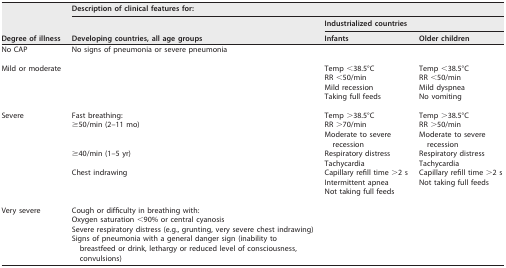
| <ROWSPAN=3> Degree of illness | <COLSPAN=3> Description of clinical features for: |
 | <ROWSPAN=2> Developing countries, all age groups | <COLSPAN=2> Industrialized countries |
 | Infants | Older children |
 | --- | --- | --- | --- |
 | No CAP | No signs of pneumonia or severe pneumonia |  |  |
 | Mild or moderate |  | Temp <38.5°C | Temp <38.5°C |
 |  |  | RR <50/min | RR <50/min |
 |  |  | Mild recession | Mild dyspnea |
 |  |  | Taking full feeds | No vomiting |
 | Severe | Fast breathing: | Temp >38.5°C | Temp >38.5°C |
 |  | ≥50/min (2–11 mo) | RR >70/min | RR >50/min |
 |  |  | Moderate to severe recession | Moderate to severe recession |
 |  | ≥40/min (1–5 yr) | Respiratory distress | Respiratory distress |
 |  |  | Tachycardia | Tachycardia |
 |  | Chest indrawing | Capillary refill time >2 s | Capillary refill time >2 s |
 |  |  | Intermittent apnea | Not taking full feeds |
 |  |  | Not taking full feeds |  |
 | Very severe | Cough or difficulty in breathing with: |  |  |
 |  | Oxygen saturation <90% or central cyanosis |  |  |
 |  | Severe respiratory distress (e.g., grunting, very severe chest indrawing) |  |  |
 |  | Signs of pneumonia with a general danger sign (inability to breastfeed or drink, lethargy or reduced level of consciousness, convulsions) |  |  |